Annual report of the Prince of Wales Medical College, Patna
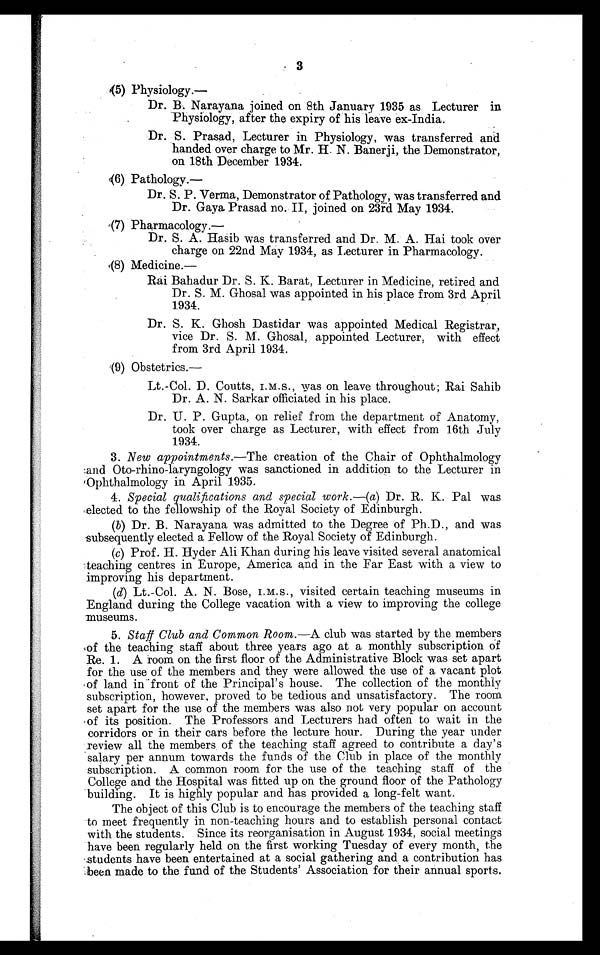
(5) Physiology.—
Dr. B. Narayana joined on 8th January 1935 as Lecturer in
Physiology, after the expiry of his leave ex-India.
Dr. S. Prasad, Lecturer in Physiology, was transferred and
handed over charge to Mr. H. N. Banerji, the Demonstrator,
on 18th December 1934.
(6) Pathology.—
Dr. S. P. Verma, Demonstrator of Pathology, was transferred and
Dr. Gaya Prasad no. II, joined on 23rd May 1934.
(7) Pharmacology.—
Dr. S. A. Hasib was transferred and Dr. M. A. Hai took over
charge on 22nd May 1934, as Lecturer in Pharmacology.
(8) Medicine.—
Rai Bahadur Dr. S. K. Barat, Lecturer in Medicine, retired and
Dr. S. M. Ghosal was appointed in his place from 3rd April
1934.
Dr. S. K. Ghosh Dastidar was appointed Medical Registrar,
vice Dr. S. M. Ghosal, appointed Lecturer, with effect
from 3rd April 1934.
(9) Obstetrics.
—
Lt.-Col. D. Coutts, I.M.S., was on leave throughout; Rai Sahib
Dr. A. N. Sarkar officiated in his place.
Dr. U. P. Gupta, on relief from the department of Anatomy,
took over charge as Lecturer, with effect from 16th July
1934.
3. New appointments. —The creation of the Chair of Ophthalmology
and Oto-rhino-laryngology was sanctioned in addition to the Lecturer in
Ophthalmology in April 1935.
4. Special qualifications and special work. —(a) Dr. R. K. Pal was
elected to the fellowship of the Royal Society of Edinburgh.
(b) Dr. B. Narayana was admitted to the Degree of Ph.D., and was
subsequently elected a Fellow of the Royal Society of Edinburgh.
(c)Prof. H. Hyder Ali Khan during his leave visited several anatomical
teaching centres in Europe, America and in the Far East with a view to
improving his department.
(d) Lt.-Col. A. N. Bose, I.M.S., visited certain teaching museums in
England during the College vacation with a view to improving the college
museums.
5. Staff Club and Common Room. —A club was started by the members
of the teaching staff about three years ago at a monthly subscription of
Re. 1. A room on the first floor of the Administrative Block was set apart
for the use of the members and they were allowed the use of a vacant plot
of land in front of the Principal's house. The collection of the monthly
subscription, however, proved to be tedious and unsatisfactory. The room
set apart for the use of the members was also not very popular on account
of its position. The Professors and Lecturers had often to wait in the
corridors or in their cars before the lecture hour. During the year under
review all the members of the teaching staff agreed to contribute a day's
salary per annum towards the funds of the Club in place of the monthly
subscription. A common room for the use of the teaching staff of the
College and the Hospital was fitted up on the ground floor of the Pathology
building. It is highly popular and has provided a long-felt want.
The object of this Club is to encourage the members of the teaching staff
to meet frequently in non-teaching hours and to establish personal contact
with the students. Since its reorganisation in August 1934, social meetings
have been regularly held on the first working Tuesday of every month, the
students have been entertained at a social gathering and a contribution has
been made to the fund of the Students' Association for their annual sports.